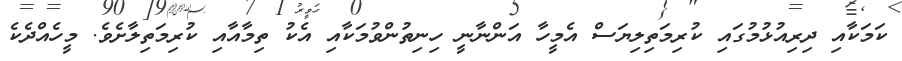
ކަމަކާއި ދިރިއުޅުމުގައި ކުރިމަތިލިޔަސް އެމީހާ އަންނާނީ ހިނިތުންވުމަކާއި އެކު ތިމާއާއި ކުރިމަތިލާށެވެ. މީހެއްދެކެ